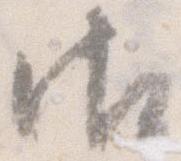
御